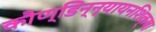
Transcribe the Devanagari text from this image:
काैण्डिन्न्यायनशिक्षा